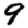
Digit: 9